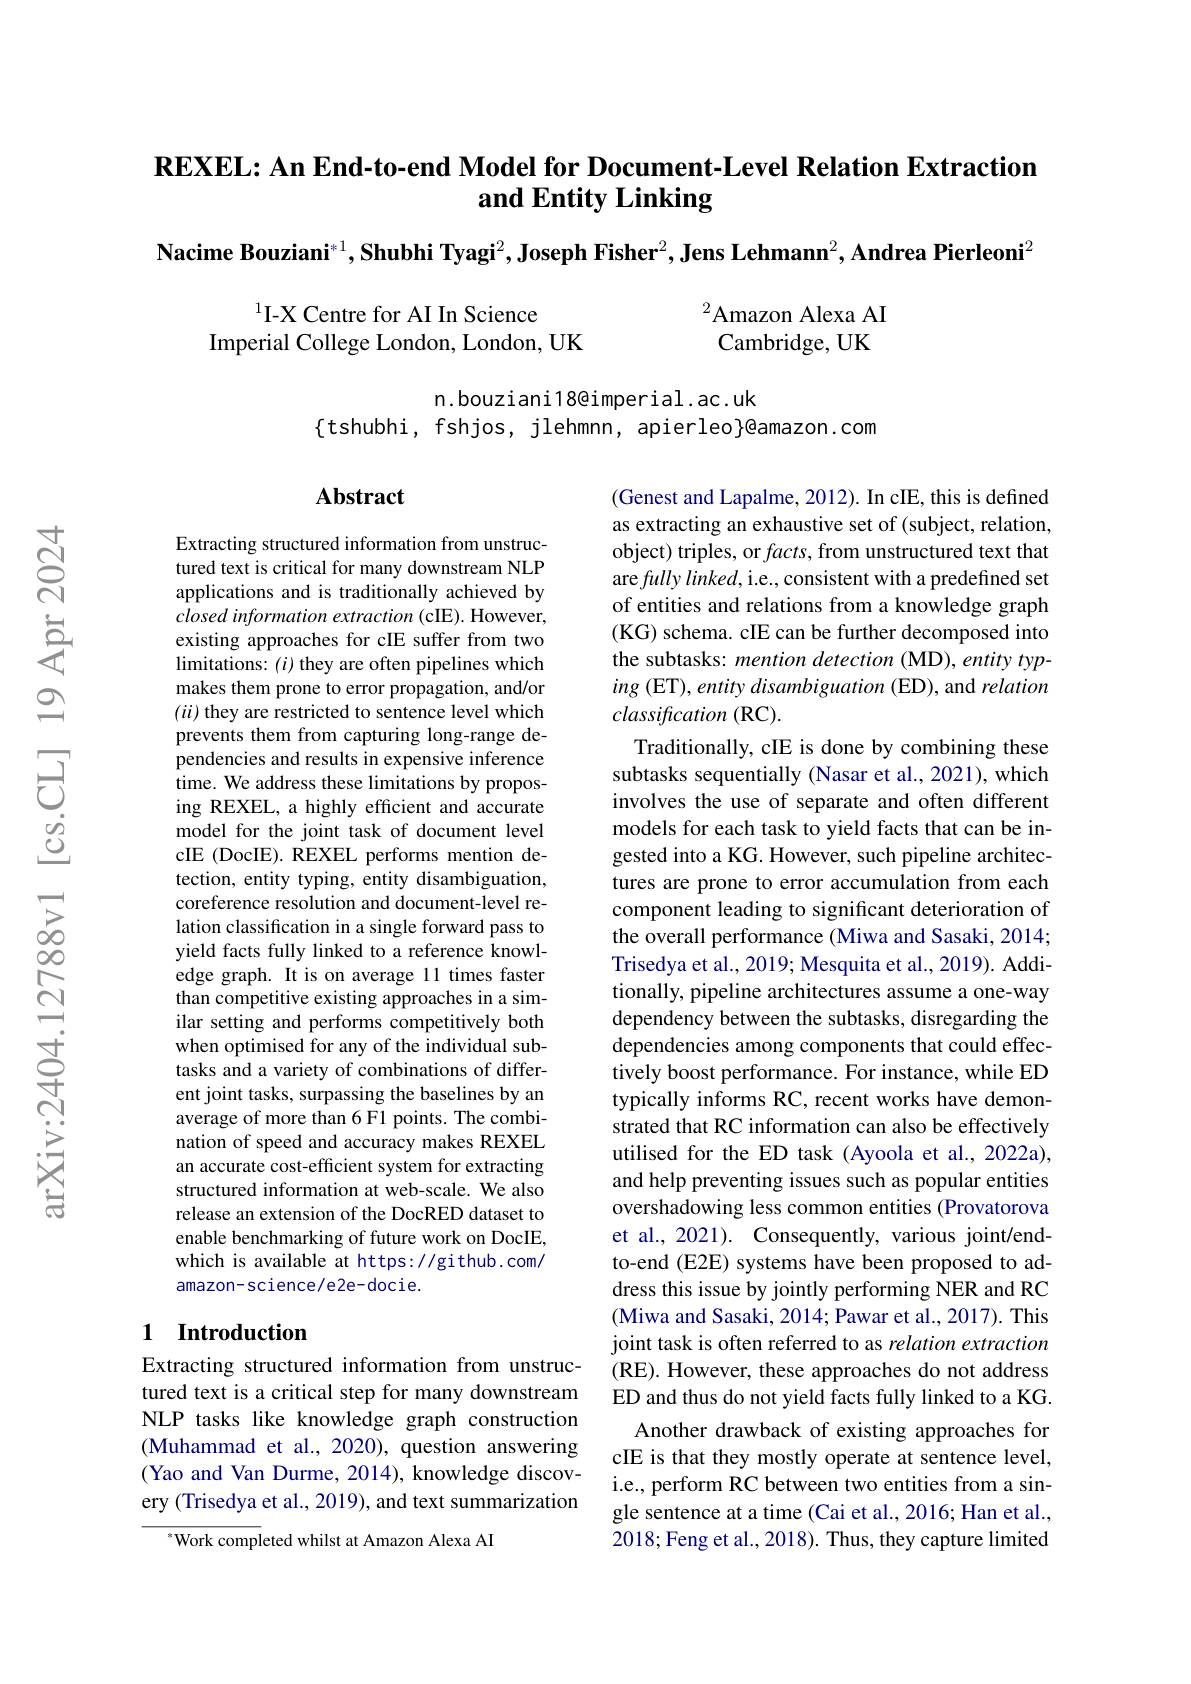
REXEL: An End-to-end Model for Document-Level Relation Extraction
# and Entity Linking

$\textbf{Nacime Bouziani}^{*1},\textbf{Shubhi Tyagi}^2,\textbf{Joseph Fisher}^2,\textbf{Jens Lehmann}^2,\textbf{Andrea Pierleoni}^2$

I-X Centre for AI In Science
Imperial College London, London, UK

$^{2}$Amazon Alexa AI Cambridge, UK

n.bouziani18@imperial.ac.uk
$\{$tshubhi, fshjos, jlehmnn, apierleo}@amazon.com

### $\mathbf{Abstract}$

Extracting structured information from unstructured text is critical for many downstream NLP applications and is traditionally achieved by closedinformation extraction (cIE). However, existing approaches for cIE suffer from two limitations: $(i)$ they are often pipelines which makes them prone to error propagation, and/or (ii) they are restricted to sentence level which prevents them from capturing long-range dependencies and results in expensive inference time. We address these limitations by proposing REXEL, a highly efficient and accurate model for the joint task of document level cIE (DocIE).REXEL performs mention detection, entity typing, entity disambiguation, coreference resolution and document-level relation classification in a single forward pass to yield facts fully linked to a reference knowledge graph. It is on average 11 times faster than competitive existing approaches in a similar setting and performs competitively both when optimised for any of the individual subtasks and a variety of combinations of different joint tasks, surpassing the baselines by an average of more than 6 F1 points. The combination of speed and accuracy makes REXEL an accurate cost-efficient system for extracting structured information at web-scale. We also release an extension of the DocRED dataset to enable benchmarking of future work on DocIE, which is available at https://github.com/ amazon-science/e2e-docie.

(Genest and Lapalme, 2012). In cIE, this is defined as extracting an exhaustive set of (subject, relation, object) triples, or $facts$, from unstructured text that are fully linked, i.e., consistent with a predefined set of entities and relations from a knowledge graph (KG) schema. cIE can be further decomposed into the subtasks: mention detection (MD), entity typing (ET), entity disambiguation (ED), and relation classification (RC).
Traditionally, cIE is done by combining these subtasks sequentially (Nasar et al., 2021), which involves the use of separate and often different models for each task to yield facts that can be ingested into a KG. However, such pipeline architectures are prone to error accumulation from each component leading to significant deterioration of the overall performance (Miwa and Sasaki, 2014; Trisedya et al., 2019; Mesquita et al., 2019). Additionally, pipeline architectures assume a one-way dependency between the subtasks, disregarding the dependencies among components that could effectively boost performance. For instance, while ED typically informs RC, recent works have demonstrated that RC information can also be effectively utilised for the ED task (Ayoola et al., 2022a), and help preventing issues such as popular entities overshadowing less common entities (Provatorova et al., 2021). Consequently, various joint/endto-end (E2E) systems have been proposed to address this issue by jointly performing NER and RC (Miwa and Sasaki, 2014; Pawar et al., 2017). This joint task is often referred to as relation extraction (RE). However, these approaches do not address ED and thus do not yield facts fully linked to a KG.
Another drawback of existing approaches for cIE is that they mostly operate at sentence level, i.e., perform RC between two entities from a single sentence at a time (Cai et al., 2016; Han et al., 2018; Feng et al., 2018). Thus, they capture limited

### 1 Introduction

Extracting structured information from unstructured text is a critical step for many downstream NLP tasks like knowledge graph construction (Muhammad et al., 2020), question answering (Yao and Van Durme, 2014), knowledge discovery (Trisedya et al., 2019), and text summarization

$^{*}$Work completed whilst at Amazon Alexa AI